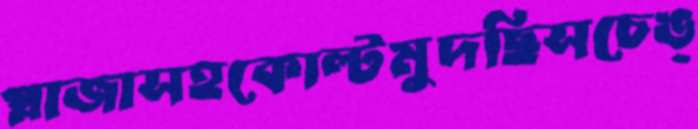
প্লাজাসহকোল্টমুদছিসচেঙ্